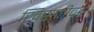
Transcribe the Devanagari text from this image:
खिसणीवर